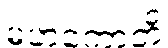
မဟကောတိ